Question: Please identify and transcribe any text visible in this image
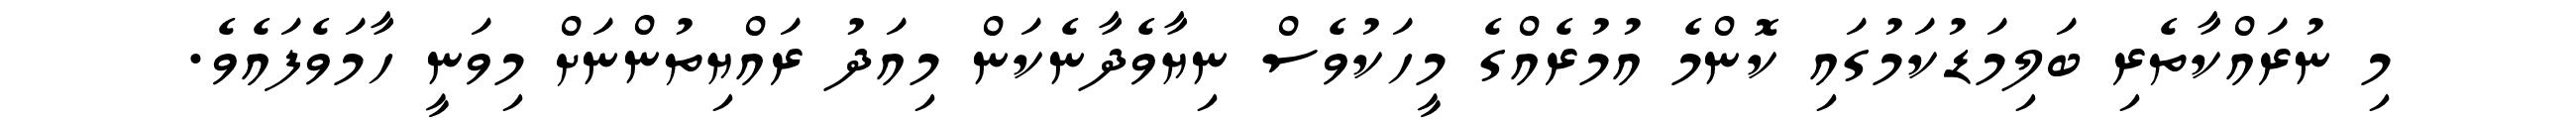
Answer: މި ނުރައްކާތެރި ބަލިމަޑުކަމުގައި ކޮންމެ އުމުރެއްގެ މީހަކުވެސް ނިޔާވެދާނެކަން މިއަދު ރައްޔިތުންނަށް މިވަނީ ހާމަވެފައެވެ.